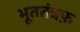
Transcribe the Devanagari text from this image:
भूततंत्रफ़